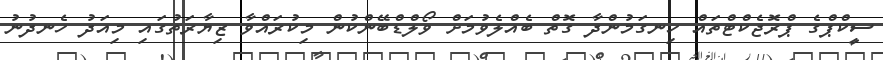
ސީކްޕްގެ ޕްރޮޖެކްޓްތައް ހިނގަމުންދާ ގޮތް ބެއްލެވުމަށް ވޯލްޑްބޭންކުން މިކުރައްވާ ޒިޔާރަތުގައި މިއަދު ހެނދުނު